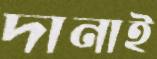
দানাই